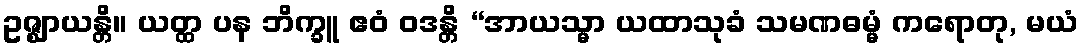
ဥဇ္ဈာယန္တိ။ ယတ္ထ ပန ဘိက္ခူ ဧဝံ ဝဒန္တိ “အာယသ္မာ ယထာသုခံ သမဏဓမ္မံ ကရောတု, မယံ